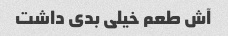
آش طعم خیلی بدی داشت